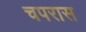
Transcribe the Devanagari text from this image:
चपरास